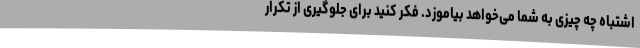
اشتباه چه چیزی به شما می‌خواهد بیاموزد. فکر کنید برای جلوگیری از تکرار